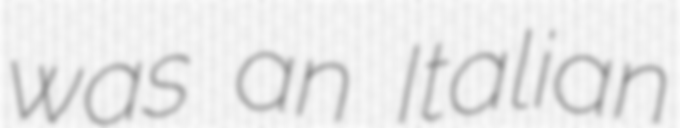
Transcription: was an Italian